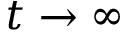
t \to \infty